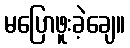
မပြောဖူးခဲ့ချေ။